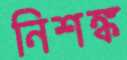
নিশঙ্ক